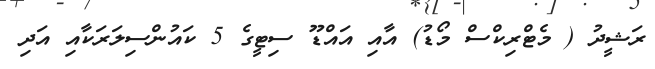
ރަޝީދު ( މެޓްރިކްސް މޯޑު) އާއި އައްޑޫ ސިޓީގެ 5 ކައުންސިލަރަކާއި އަދި